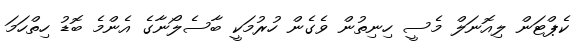
ކެޕްޓަން ލިއޮނަލް މެސީ ހިނިތުން ވެގެން ހުރުމަކީ ބާސެލޯނާގެ އެންމެ ބޮޑު ހިތްހަމަ